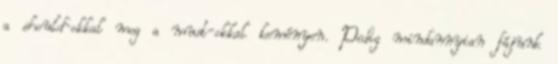
a should-okkal meg a must-okkal keményen. Pedig mindannyian fájunk